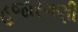
હજારગણી